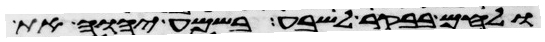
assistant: ולחם בבקר לשבע בשמע יהוה את